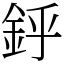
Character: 䤣